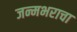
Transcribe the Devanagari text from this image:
जन्मभराचा